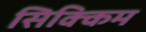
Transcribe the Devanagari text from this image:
सिक्‍िकम